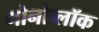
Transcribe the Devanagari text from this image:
मोनोब्लॉक